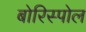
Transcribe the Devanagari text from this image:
बोरिस्पोल